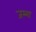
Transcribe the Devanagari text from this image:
जम्भा